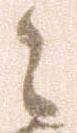
々